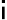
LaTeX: \mathsf{i}